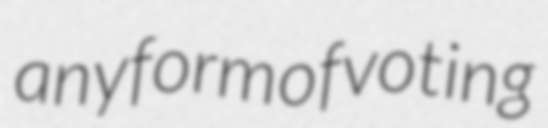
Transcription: any form of voting